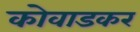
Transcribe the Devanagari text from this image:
कोवाडकर